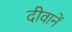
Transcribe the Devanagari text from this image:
दीवानें